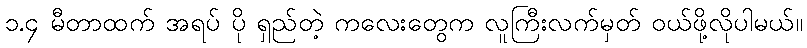
၁.၄ မီတာထက် အရပ် ပို ရှည်တဲ့ ကလေးတွေက လူကြီးလက်မှတ် ဝယ်ဖို့လိုပါမယ်။